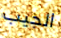
الجيب